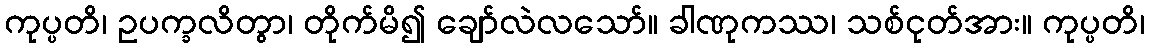
ကုပ္ပတိ၊ ဥပက္ခလိတွာ၊ တိုက်မိ၍ ချော်လဲလသော်။ ခါဏုကဿ၊ သစ်ငုတ်အား။ ကုပ္ပတိ၊